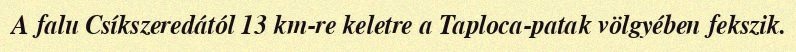
A falu Csíkszeredától 13 km-re keletre a Taploca-patak völgyében fekszik.